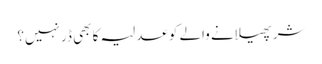
شر پھیلانے والے کو عدلیہ کا بھی ڈر نہیں؟